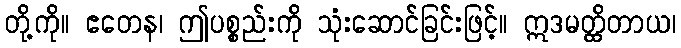
တို့ကို။ ဧတေန၊ ဤပစ္စည်းကို သုံးဆောင်ခြင်းဖြင့်။ ဣဒမတ္ထိတာယ၊